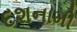
દશનામી